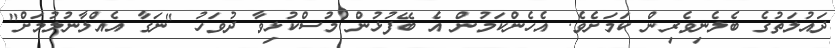
ދައުލަތުގެ ބެލެނިވެރިން ކަަމަށެވެ. އެހެންކަމުން އެ ބޭފުޅުން މުސްކުޅިވާ ދުވަހު "ނަގާ އެއްލާނުލުމަށް"